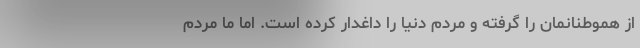
از هموطنانمان را گرفته و مردم دنیا را داغدار کرده است. اما ما مردم